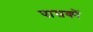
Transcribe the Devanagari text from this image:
पासकों